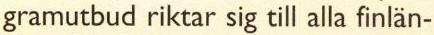
gramutbud riktar sig till alla finlän-